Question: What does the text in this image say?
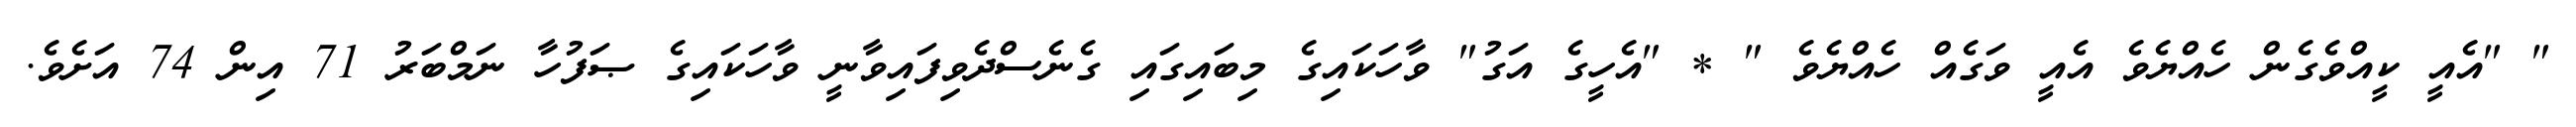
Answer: " "އެއީ ކީއްވެގެން ހެއްޔެވެ އެއީ ވަގެއް ހެއްޔެވެ " * "އެހީގެ އަގު" ވާހަކައިގެ މިބައިގައި ގެނެސްދެވިފައިވާނީ ވާހަކައިގެ ޞަފުހާ ނަމްބަރު 71 އިން 74 އަށެވެ.